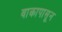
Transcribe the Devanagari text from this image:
वाकापासून